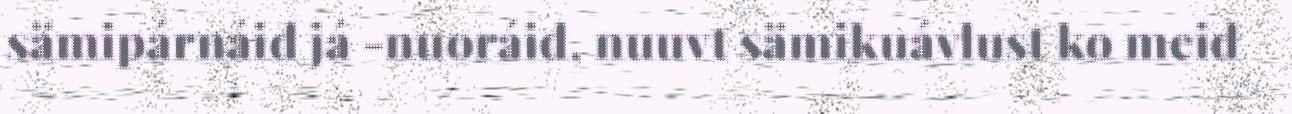
sämipárnáid já -nuoráid, nuuvt sämikuávlust ko meid